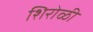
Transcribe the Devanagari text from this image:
शिरोळी